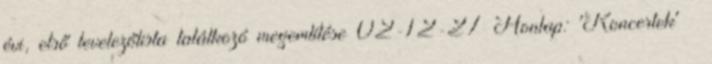
évi, első levelezőlista találkozó megemlítése 02-12-27 Honlap: 'Koncertek' »